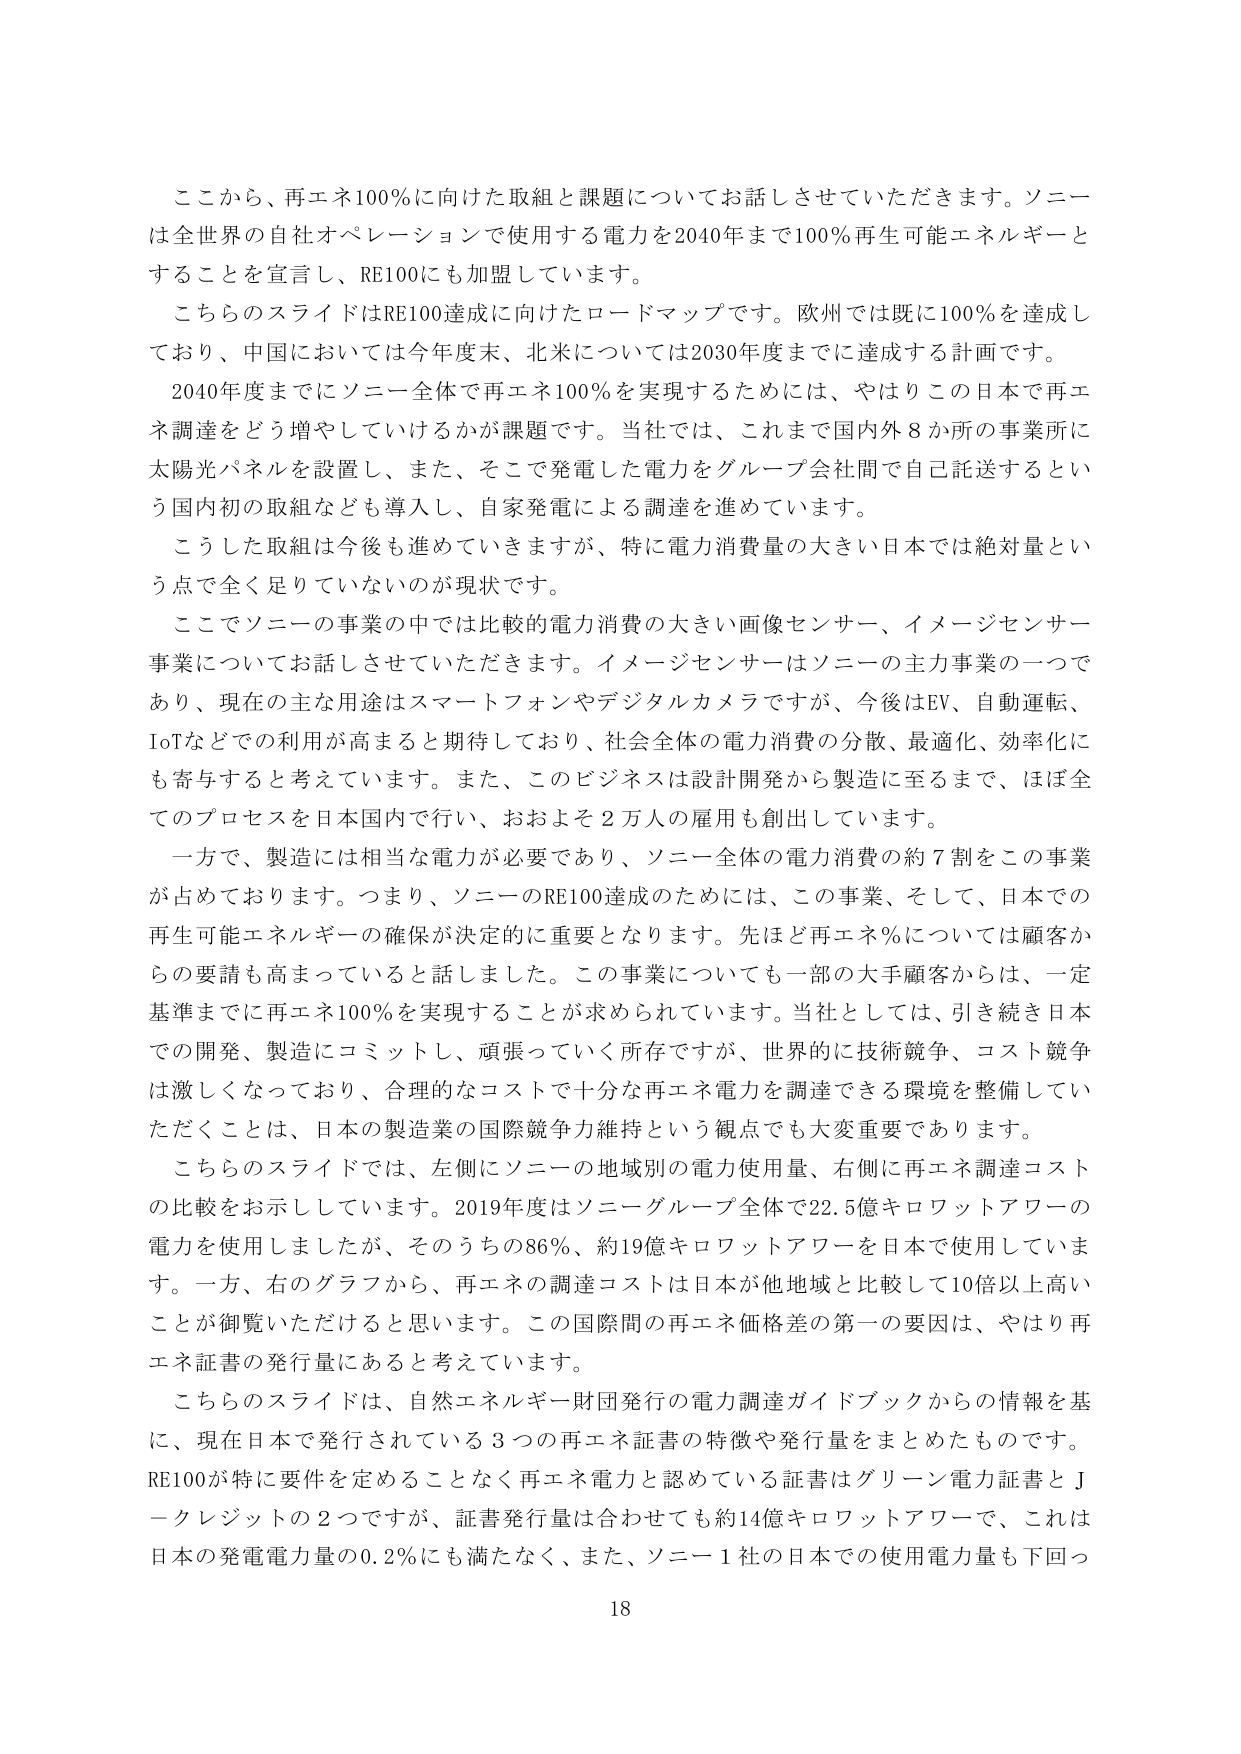
ここから、再エネ100％に向けた取組と課題についてお話しさせていただきます。ソニーは全世界の自社オペレーションで使用する電力を2040年までに100％再生可能エネルギーとすることを宣言し、RE100にも加盟しています。

こちらのスライドはRE100達成に向けたロードマップです。欧州では既に100％を達成しており、中国においては今年度末、北米については2030年度までに達成する計画です。

2040年度までにソニー全体で再エネ100％を実現するためには、やはりこの日本で再エネ調達をどう増やしていくかが課題です。当社では、これまで国内外8か所の事業所に太陽光パネルを設置し、また、そこで発電した電力をグループ会社間で自己託送するという国内初の取組なども導入し、自家発電による調達を進めています。

こうした取組は今後も進めていきますが、特に電力消費量の大きい日本では絶対量という点で全く足りていないのが現状です。

ここでソニーの事業の中では比較的電力消費の大きい画像センサー、イメージセンサー事業についてお話しさせていただきます。イメージセンサーはソニーの主力事業の一つであり、現在の主な用途はスマートフォンやデジタルカメラですが、今後はEV、自動運転、IoTなどで利用が高まると期待しており、社会全体の電力消費の分散、最適化、効率化にも寄与すると考えています。また、このビジネスは設計開発から製造に至るまで、ほぼ全てのプロセスを日本国内で行い、おおよそ2万人の雇用も創出しています。

一方で、製造には相当な電力が必要であり、ソニー全体の電力消費の約7割をこの事業が占めております。つまり、ソニーのRE100達成のためには、この事業、そして、日本での再生可能エネルギーの確保が決定的に重要となります。先ほど再エネ％については顧客からの要請も高まっていると話しました。この事業についても一部の大手顧客からは、一定基準までに再エネ100％を実現することが求められています。当社としては、引き続き日本での開発、製造にコミットし、頑張っていく所存ですが、世界的に技術競争、コスト競争は激しくなっており、合理的なコストで十分な再エネ電力を調達できる環境を整備していただくことは、日本の製造業の国際競争力維持という観点でも大変重要であります。

こちらのスライドでは、左側にソニーの地域別の電力使用量、右側に再エネ調達コストの比較を示しています。2019年度はソニーグループ全体で22.5億キロワットアワーの電力を使用しましたが、そのうちの86％、約19億キロワットアワーを日本で使用しています。一方、右のグラフから、再エネの調達コストは日本が他地域と比較して10倍以上高いことが御覧いただけると思います。この国際間の再エネ価格差の第一の要因は、やはり再エネ証書の発行量にあると考えています。

こちらのスライドは、自然エネルギー財団発行の電力調達ガイドブックからの情報を基に、現在日本で発行されている3つの再エネ証書の特徴や発行量をまとめたものです。RE100が特に要件を定めることなく再エネ電力と認めている証書はグリーン電力証書とJクレジットの2つですが、証書発行量は合わせても約14億キロワットアワーで、これは日本の発電電力量の0.2％にも満たなく、また、ソニー1社の日本での使用電力量も下回っ

18